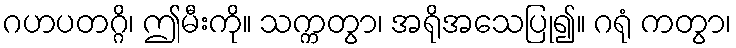
ဂဟပတဂ္ဂိ၊ ဤမီးကို။ သက္ကတွာ၊ အရိုအသေပြု၍။ ဂရုံ ကတွာ၊